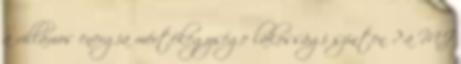
a villamos energia mértékegysége lakossági szinten ? a MJ